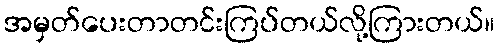
အမှတ်ပေးတာတင်းကြပ်တယ်လို့ကြားတယ်။